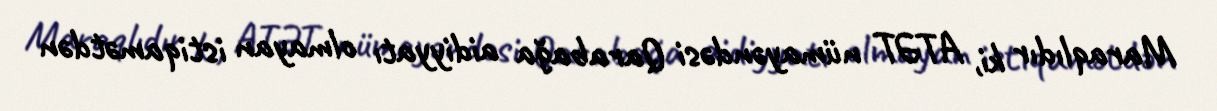
Maraqlıdır ki, ATƏT nümayəndəsi Qarabağa aidiyyatı olmayan istiqamətdən